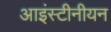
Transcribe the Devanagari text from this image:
आइंस्टीनीयन